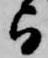
与